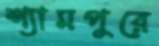
শ্যামপুরে